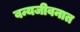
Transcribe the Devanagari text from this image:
वन्यजीवनात